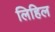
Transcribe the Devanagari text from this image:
लिहिल